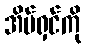
အိမ်ရှင်ကို